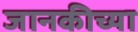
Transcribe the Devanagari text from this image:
जानकीच्या